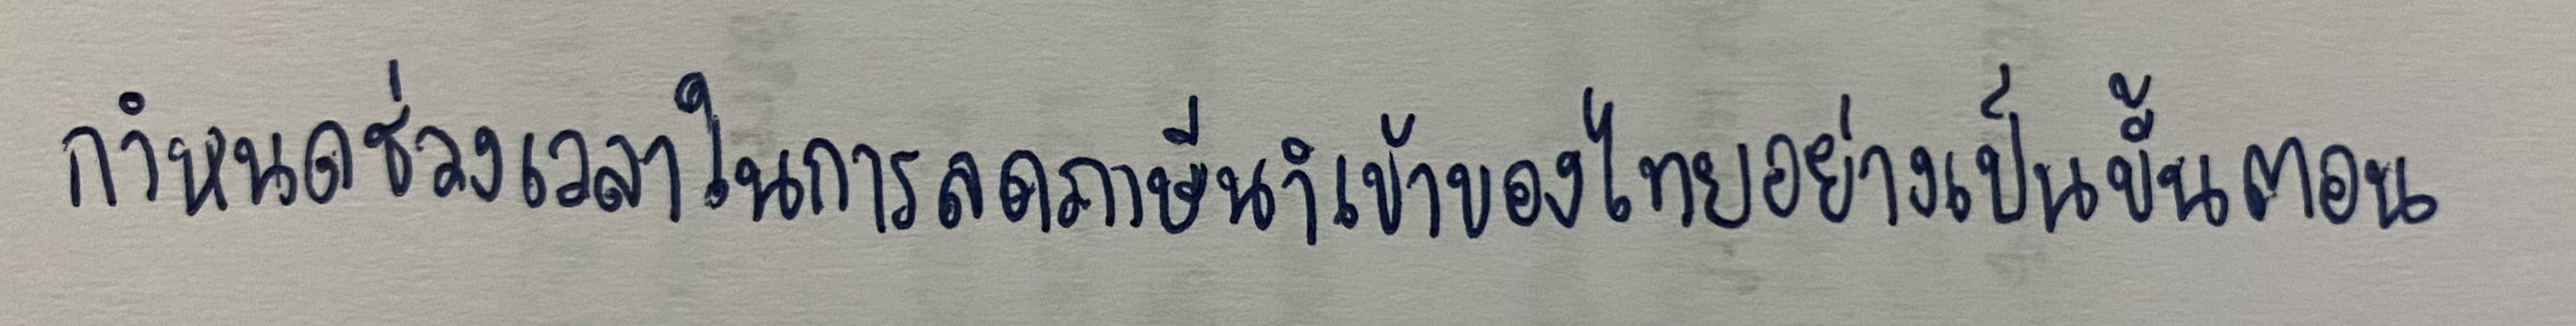
กำหนดช่วงเวลาในการลดภาษีนำเข้าของไทยอย่างเป็นขั้นตอน